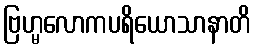
ဗြဟ္မလောကပရိယောသာနာတိ